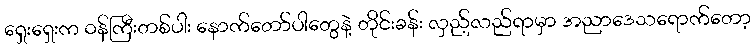
ရှေးရှေးက ဝန်ကြီးတစ်ပါး နောက်တော်ပါတွေနဲ့ တိုင်းခန်း လှည့်လည်ရာမှာ အညာဒေသရောက်တော့